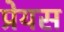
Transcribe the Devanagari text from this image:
प्रेयस